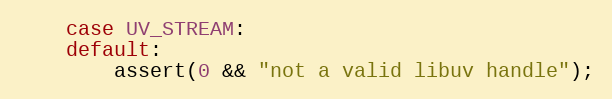
Language: C
    case UV_STREAM:
    default:
        assert(0 && "not a valid libuv handle");